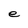
Character: e